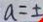
a = \pm